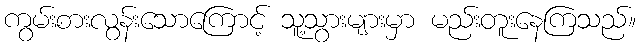
ကွမ်းစားလွန်းသောကြောင့် သူ့သွားများမှာ မည်းတူးနေကြသည်။